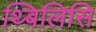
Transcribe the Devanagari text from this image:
थ्बिलिसि